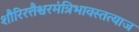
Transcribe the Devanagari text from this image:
शौरिरत्तैश्वरमंत्रिभावस्तत्याज